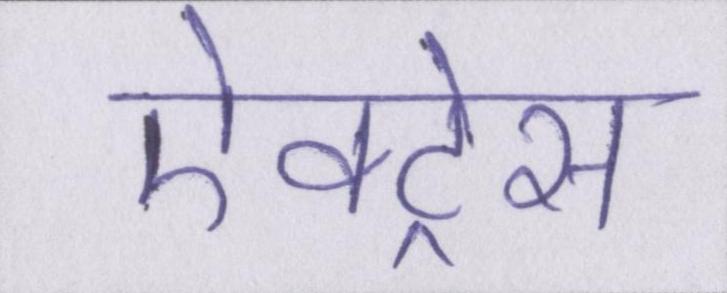
ऐक्ट्रेस